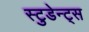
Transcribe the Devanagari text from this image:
स्टुडेन्ट्स